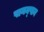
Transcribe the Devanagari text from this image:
पानन्‌पान